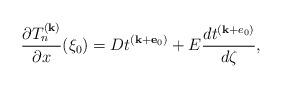
LaTeX: \begin{align*}\frac{\partial T_n^{(\mathbf k)}}{\partial x}(\xi_0)=Dt^{(\mathbf k+\mathbf e_0)}+E\frac{d t^{(\mathbf k+e_0)}}{d \zeta}, \end{align*}